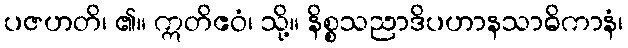
ပဇဟတိ၊ ၏။ ဣတိဧဝံ၊ သို့။ နိစ္စသညာဒိပဟာနသာဓိကာနံ၊